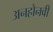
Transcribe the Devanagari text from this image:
अनहोनवी